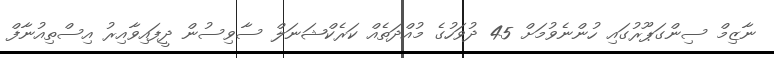
ނާޒިމް ސިންގަޕޫރުގައި ހުންނެވުމަށް 45 ދުވަހުގެ މުއްދަތެއް ކަރެކްޝަނަލް ސާވިސުން ދީފައިވާއިރު އިސްތިއުނާފް